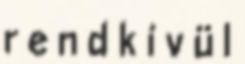
r e n d k í v ü l